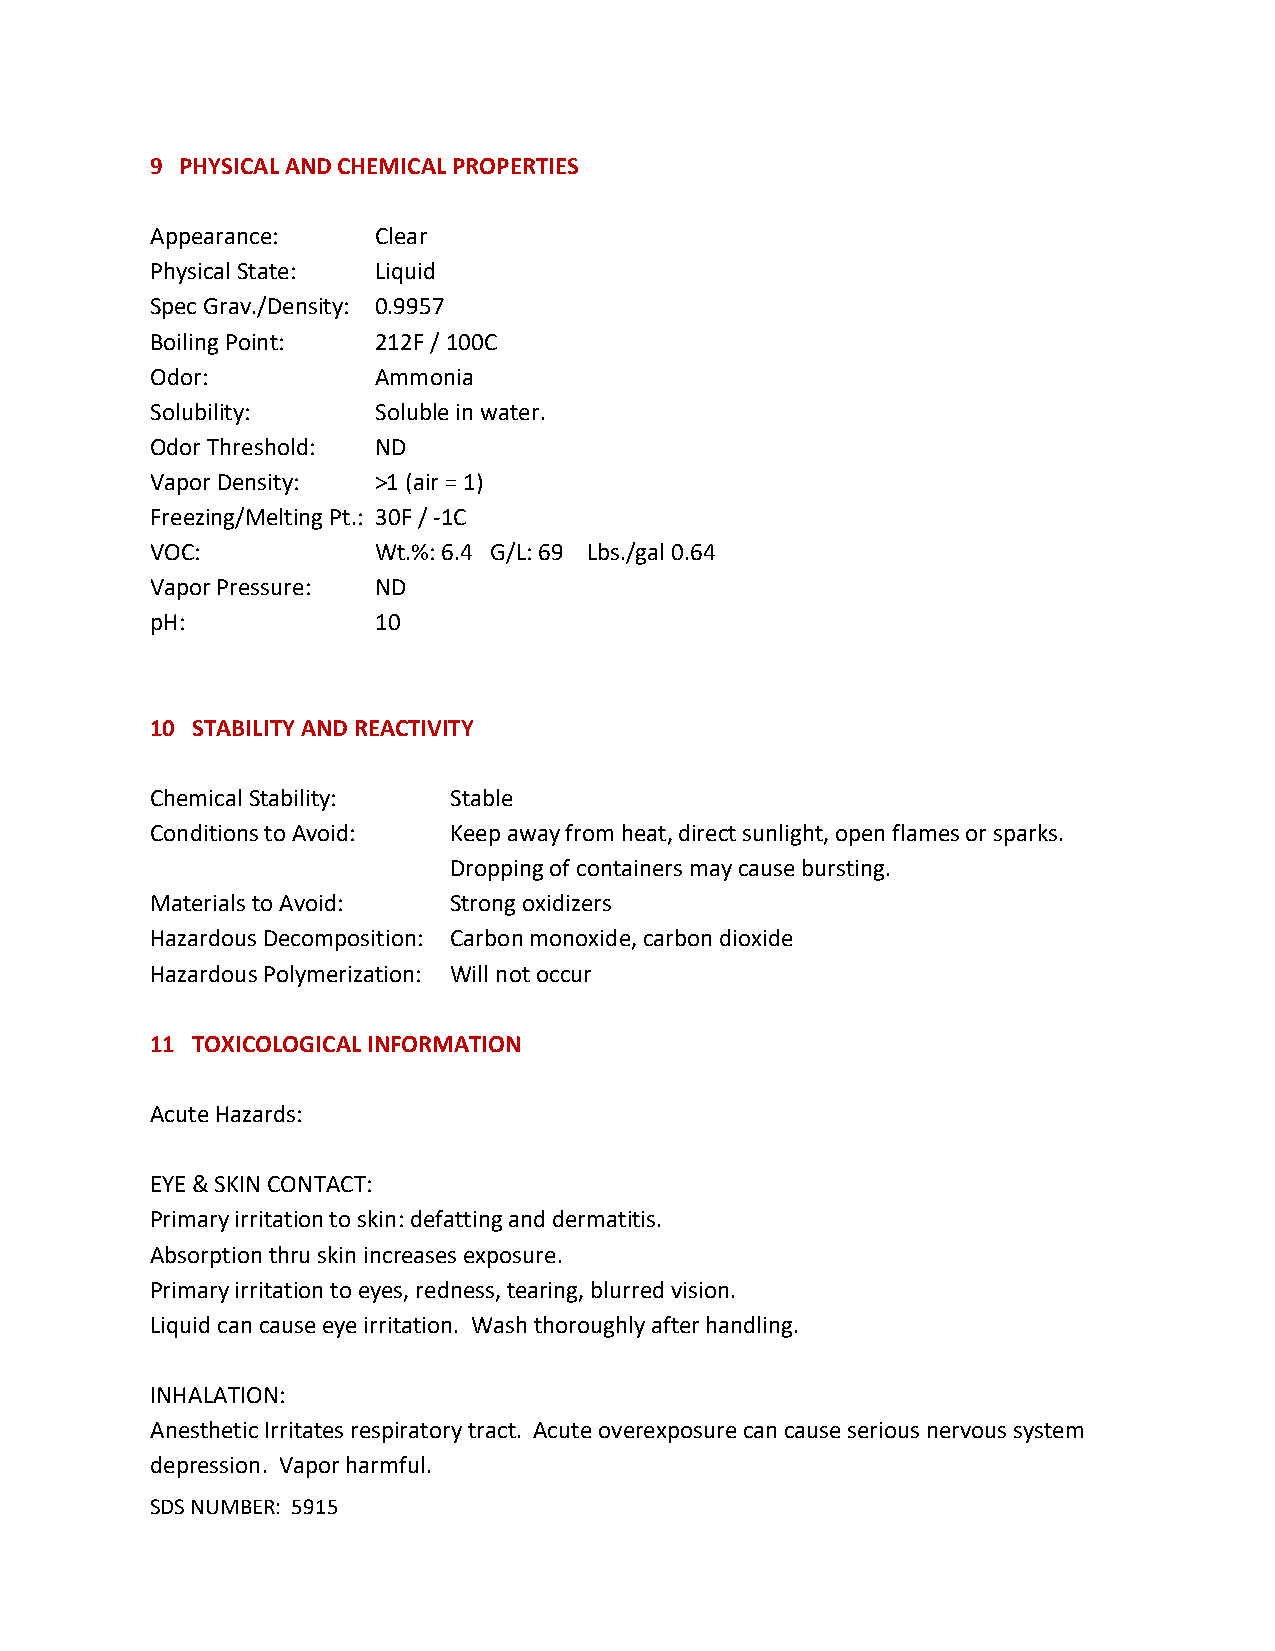
9 PHYSICAL AND CHEMICAL PROPERTIES
 Appearance:    Clear
 Physical State: Liquid
 Spec Grav./Density: 0.9957
 Boiling Point: 212F / 100C
 Odor:          Ammonia
 Solubility:    Soluble in water.
 Odor Threshold: ND
 Vapor Density: >1 (air = 1)
 Freezing/Melting Pt.: 30F / -1C
 VOC:           Wt.%: 6.4 G/L: 69 Lbs./gal 0.64
 Vapor Pressure: ND
 pH:            10
 10 STABILITY AND REACTIVITY
 Chemical Stability: Stable
 Conditions to Avoid: Keep away from heat, direct sunlight, open flames or sparks.
 Dropping of containers may cause bursting.
 Materials to Avoid: Strong oxidizers
 Hazardous Decomposition: Carbon monoxide, carbon dioxide
 Hazardous Polymerization: Will not occur
 11 TOXICOLOGICAL INFORMATION
 Acute Hazards:
 EYE & SKIN CONTACT:
 Primary irritation to skin: defatting and dermatitis.
 Absorption thru skin increases exposure.
 Primary irritation to eyes, redness, tearing, blurred vision.
 Liquid can cause eye irritation. Wash thoroughly after handling.
 INHALATION:
 Anesthetic Irritates respiratory tract. Acute overexposure can cause serious nervous system
 depression. Vapor harmful.
 SDS NUMBER: 5915